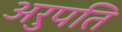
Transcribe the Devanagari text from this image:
अरुपति